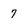
Character: 7